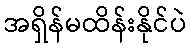
အရှိန်မထိန်းနိုင်ပဲ